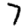
Digit: 7